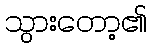
သွားတော့၏